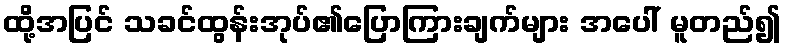
ထို့အပြင် သခင်ထွန်းအုပ်၏ပြောကြားချက်များ အပေါ် မူတည်၍